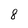
Character: 8